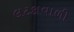
લટકાવાળી